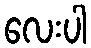
လေးပါ